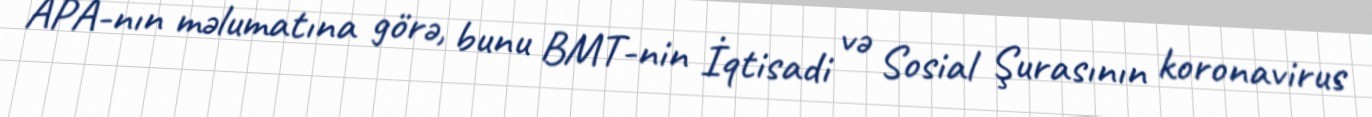
APA-nın məlumatına görə, bunu BMT-nin İqtisadi və Sosial Şurasının koronavirus